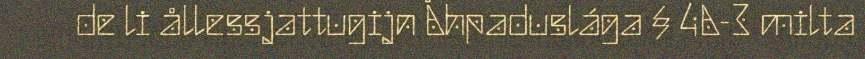
de li ållessjattugijn Åhpaduslága § 4A-3 milta